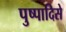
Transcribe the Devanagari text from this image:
पुष्पादिसे